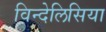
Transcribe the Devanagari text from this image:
विन्देलिसिया